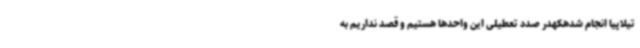
تیلاپیا انجام شدهکهدر صدد تعطیلی این واحدها هستیم و قصد نداریم به